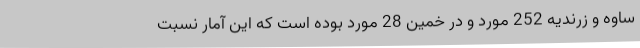
ساوه و زرندیه 252 مورد و در خمین 28 مورد بوده است که این آمار نسبت